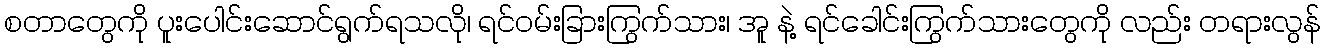
စတာတွေကို ပူးပေါင်းဆောင်ရွက်ရသလို၊ ရင်ဝမ်းခြားကြွက်သား၊ အူ နဲ့ ရင်ခေါင်းကြွက်သားတွေကို လည်း တရားလွန်